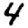
Digit: 4